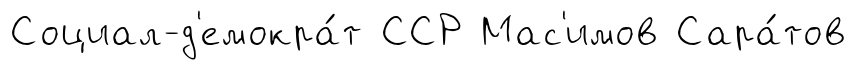
Социал-д'емокра́т ССР Мас'имов Сара́тов